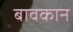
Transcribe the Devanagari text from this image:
बावकान